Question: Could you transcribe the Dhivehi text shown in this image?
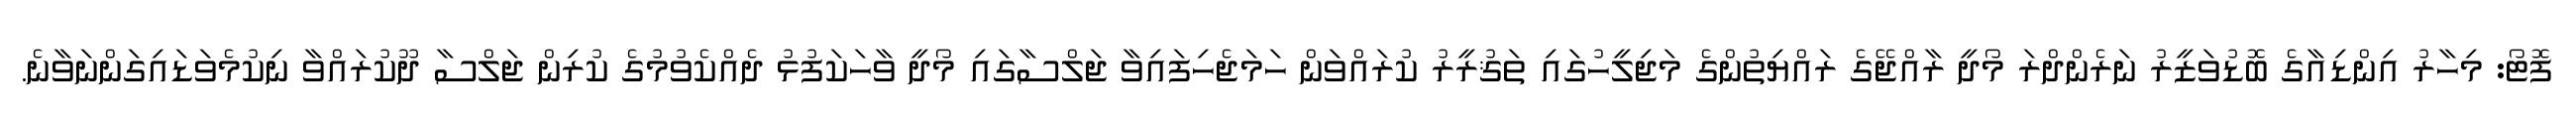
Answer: ފޮޓޯ: މިހާރު އިންޑިއާގެ ބޮޑުވަޒީރު ނަރެންދްރަ މޯދީ ރާއްޖޭގެ ރައްޔިތުންގެ މަޖިލީހުގައި ތަޤުރީރު ކުރައްވަން ހަމަޖެހިފައިވާ ޖަލްސާގައި މޯދީ ވާހަކަފުޅު ދެއްކެވުމުގެ ކުރިން ޖަލްސާ ދޫކުރައްވާ ނިކުމެވަޑައިގަންނަވާނެ.